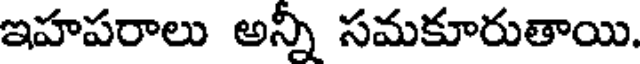
ఇహపరాలు అన్నీ సమకూరుతాయి.